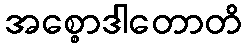
အစ္စောဒါတောတိ